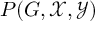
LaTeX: P ( G , { \mathcal { X } } , { \mathcal { Y } } )